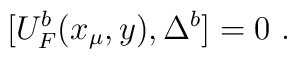
[U^b_F(x_\mu , y),\Delta^b]=0~.